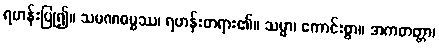
ရဟန်းပြု၍။ သမဏဓမ္မဿ၊ ရဟန်းတရား၏။ သမ္မာ၊ ကောင်းစွာ။ အကတတ္တာ၊